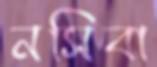
নসিবা